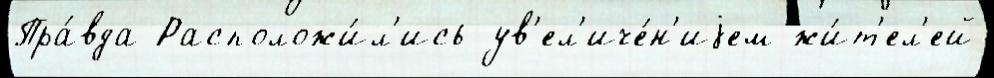
Пра́вда Расположи́л'ись ув'ел'иче́н'иjем жи́т'ел'ей